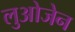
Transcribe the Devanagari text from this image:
लुओजेन